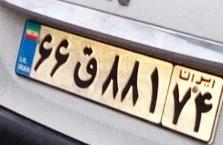
۶۶ق۸۸۱۷۴